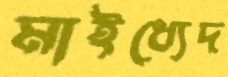
মাইধ্যেদ